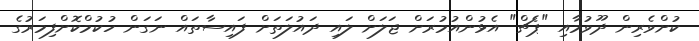
ކުށްވެރިން ދޫވުމާއި "ޕެޗް" އެޅުންއުމުރަށް ޖަލަށް ލައި ދައުލަތަށް ފައިސާތައް ނަގަން ހުކުމްކޮށްފިމަރުގެ